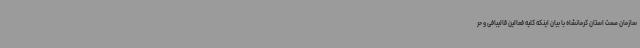
سازمان صمت استان کرمانشاه با بیان اینکه کلیه فعالین قالیبافی و حر